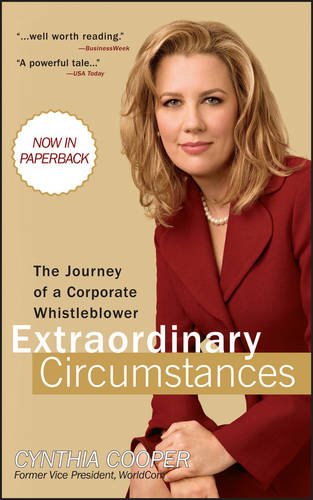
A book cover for Extraordinary Circumstances: The Journey of a Corporate Whistleblower; Cynthia Cooper; Business & Money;